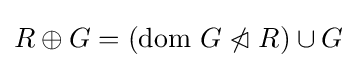
R\oplus G=({\text{dom }}G\ntriangleleft R)\cup G